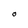
Character: O